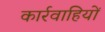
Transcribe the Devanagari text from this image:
कार्रवाहियों